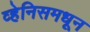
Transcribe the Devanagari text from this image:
व्हेनिसमधून